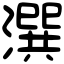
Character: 潠